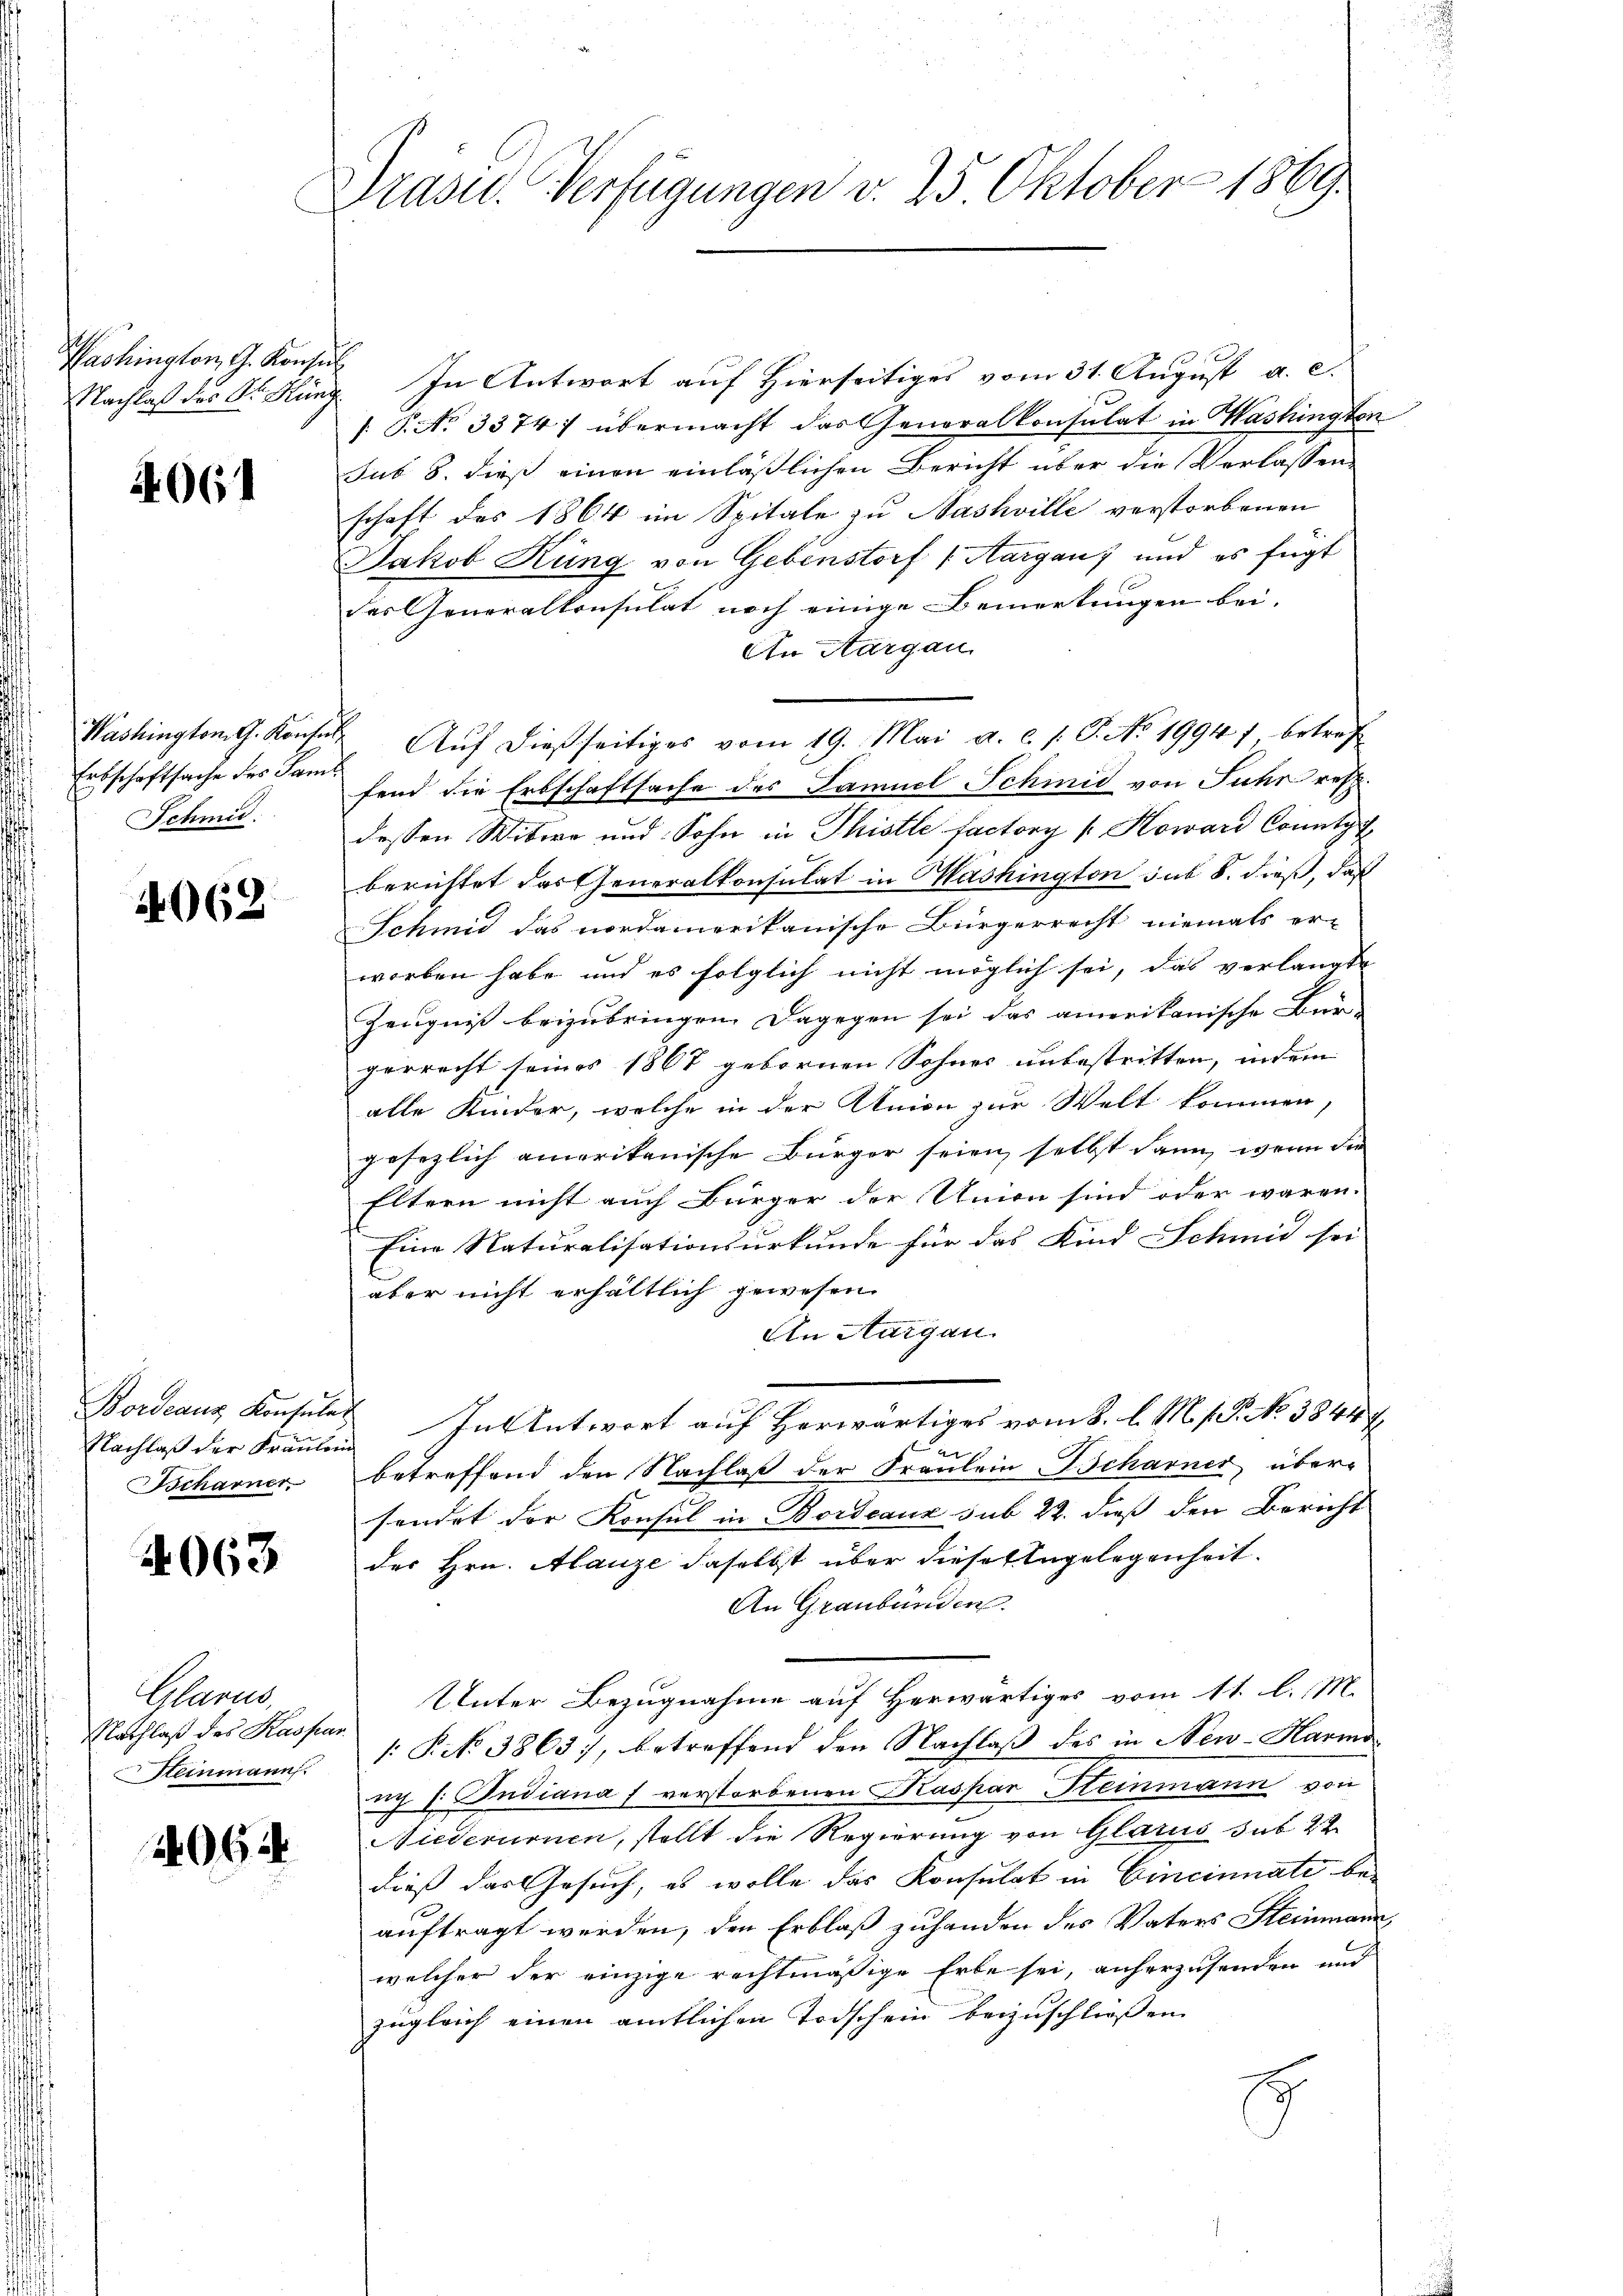
Washington, G. Konsu
Nachlaß des Sr. Hün

4061

Washington G. Konfe
Ertschaftsache des Sam
Schmid.

4062

Nachlaß der Fraulin
Bscharner

4063

Glarus,
Nachlaß des Kaspar
Steinmann.

2062

Präsid. Verfügungen v. 25 Oktober 1869.

In Antwort auf Hierseitiges vom 31. August a. c.
/: P. No 3374; übermacht das Generalkonsulat in Washington
sub 8. dieß einen einläßlichen Bericht über die Verlassen-
schaft des 1864 im Spitale zu Nashville verstorbenen
Jakob Küng von Gebenstorf (Aargau) und es fügt
des Generalkonsulat noch einige Bemerkungen bei.
An Aargau.
2. Aŭf dießseitiges vom 19. Mai a. c. s. S. No 19947 betref
fend die Erbschaftsache des Samuel Schmid von Jahr resp.
dessen Witwe und Sohn in Thistle factory [Howard Conntag
berichtet das Generalkonsulat in Mashington sub 8. dieß, daß
Schmid das nordamerikanische Bürgerrecht niemals er-
worben habe und es folglich nicht möglich sei, das verlangt
Zeugniß beizubringen. Dagegen sei das amerikanische Bür-
gerrecht seiner 1867 gebornen Sohnes unbestritten, indem
alle Kinder, welche in der Union zur Welt kommen,
gesezlich amerikanische Bürger seien, selbst dann, wenn die
Eltern nicht auch Bürger der Union sind oder waren.
Eine Naturalisationsurkunde für das Kind Schmid sei
aber nicht erhältlich gewesen.
An Aargau.
Fordeaus Konsules In Antwort auf Herwärtiges vom 8. l. M. 1. No 3844. 4
betreffend den Nachlaß der Fraulein Beharnes, über-
sendet der Konsul in Bordeaux sub 22. dieß den Bericht
des Hrn. Manze daselbst über diese Angelegenheit.
An Graubünden.
Unter Bezugnahme auf Herwärtiges vom 11. l. M.
: P. No 3863), betreffend den Nachlaß des in New-Harmo
ng (: Indiana verstorbenen Kaspar Steinmann von
Niederurnen, stellt die Regierung von Glarus sub 22
dieß das Gesuch, es wolle das Konsulat in Cincinnate be-
auftragt werden, den Erblaß zuhanden des Vaters Steinmann,
welcher der einzige rechtmäßige Erbe sei, anherzusenden und
zugleich einen amtlichen Todschein beizuschließen.